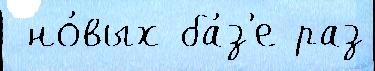
 но́вых ба́з'е раз